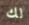
لك